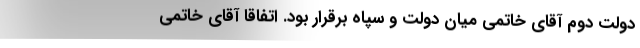
دولت دوم آقای خاتمی میان دولت و سپاه برقرار بود. اتفاقا آقای خاتمی